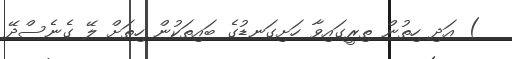
) އަދި ހިތުން ތިރީގައިވާ ހަށިގަނޑުގެ ބައިތަކުން ހިތަށް ލޭ ގެނެސްދޭ